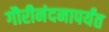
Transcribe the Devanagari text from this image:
गौरीनंदनापर्यंत